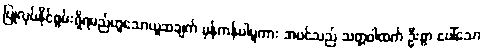
ပြုလုပ်နိုင်စွမ်းရှိရမည်ဟူသောယူဆချက် မှန်ကန်ပါမူကား အပင်သည် သတ္တဝါထက် ဦးစွာ ပေါ်သော